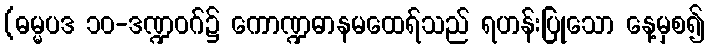
(ဓမ္မပဒ ၁၀-ဒဏ္ဍဝဂ်၌ ကောဏ္ဍဓာနမထေရ်သည် ရဟန်းပြုသော နေ့မှစ၍